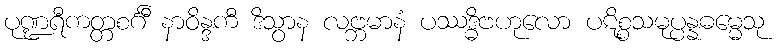
ပုဏ္ဍရီကတ္တစင်္ဂီ နာဝိန္ဒကီ ဒိသွာန လဗ္ဘမာနံ ပဿဒ္ဓိဗဟုလော ပဋိစ္စသမုပ္ပန္နဓမ္မေသု